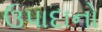
ઉપાદાનો